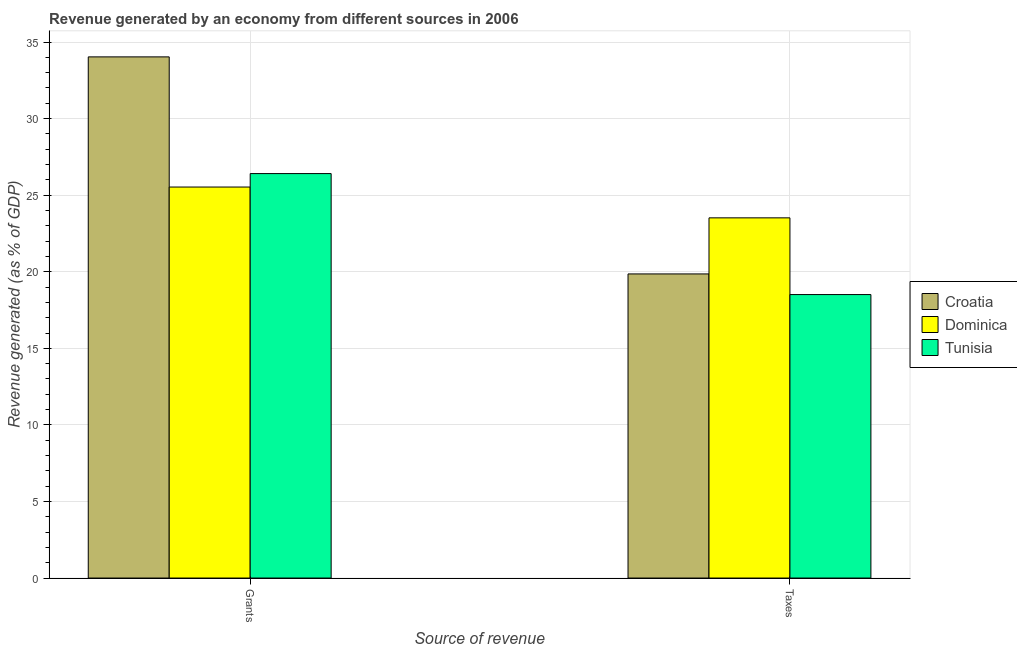
| Source of revenue | Croatia | Dominica | Tunisia |
 | --- | --- | --- | --- |
 | Grants | 34 | 25.5 | 26.4 |
 | Taxes | 19.9 | 23.5 | 18.5 |